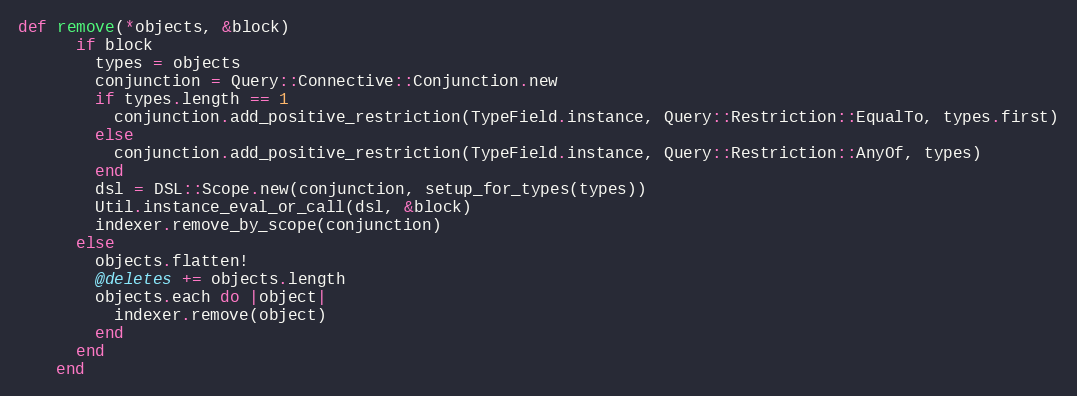
Language: Ruby
def remove(*objects, &block)
      if block
        types = objects
        conjunction = Query::Connective::Conjunction.new
        if types.length == 1
          conjunction.add_positive_restriction(TypeField.instance, Query::Restriction::EqualTo, types.first)
        else
          conjunction.add_positive_restriction(TypeField.instance, Query::Restriction::AnyOf, types)
        end
        dsl = DSL::Scope.new(conjunction, setup_for_types(types))
        Util.instance_eval_or_call(dsl, &block)
        indexer.remove_by_scope(conjunction)
      else
        objects.flatten!
        @deletes += objects.length
        objects.each do |object|
          indexer.remove(object)
        end
      end
    end